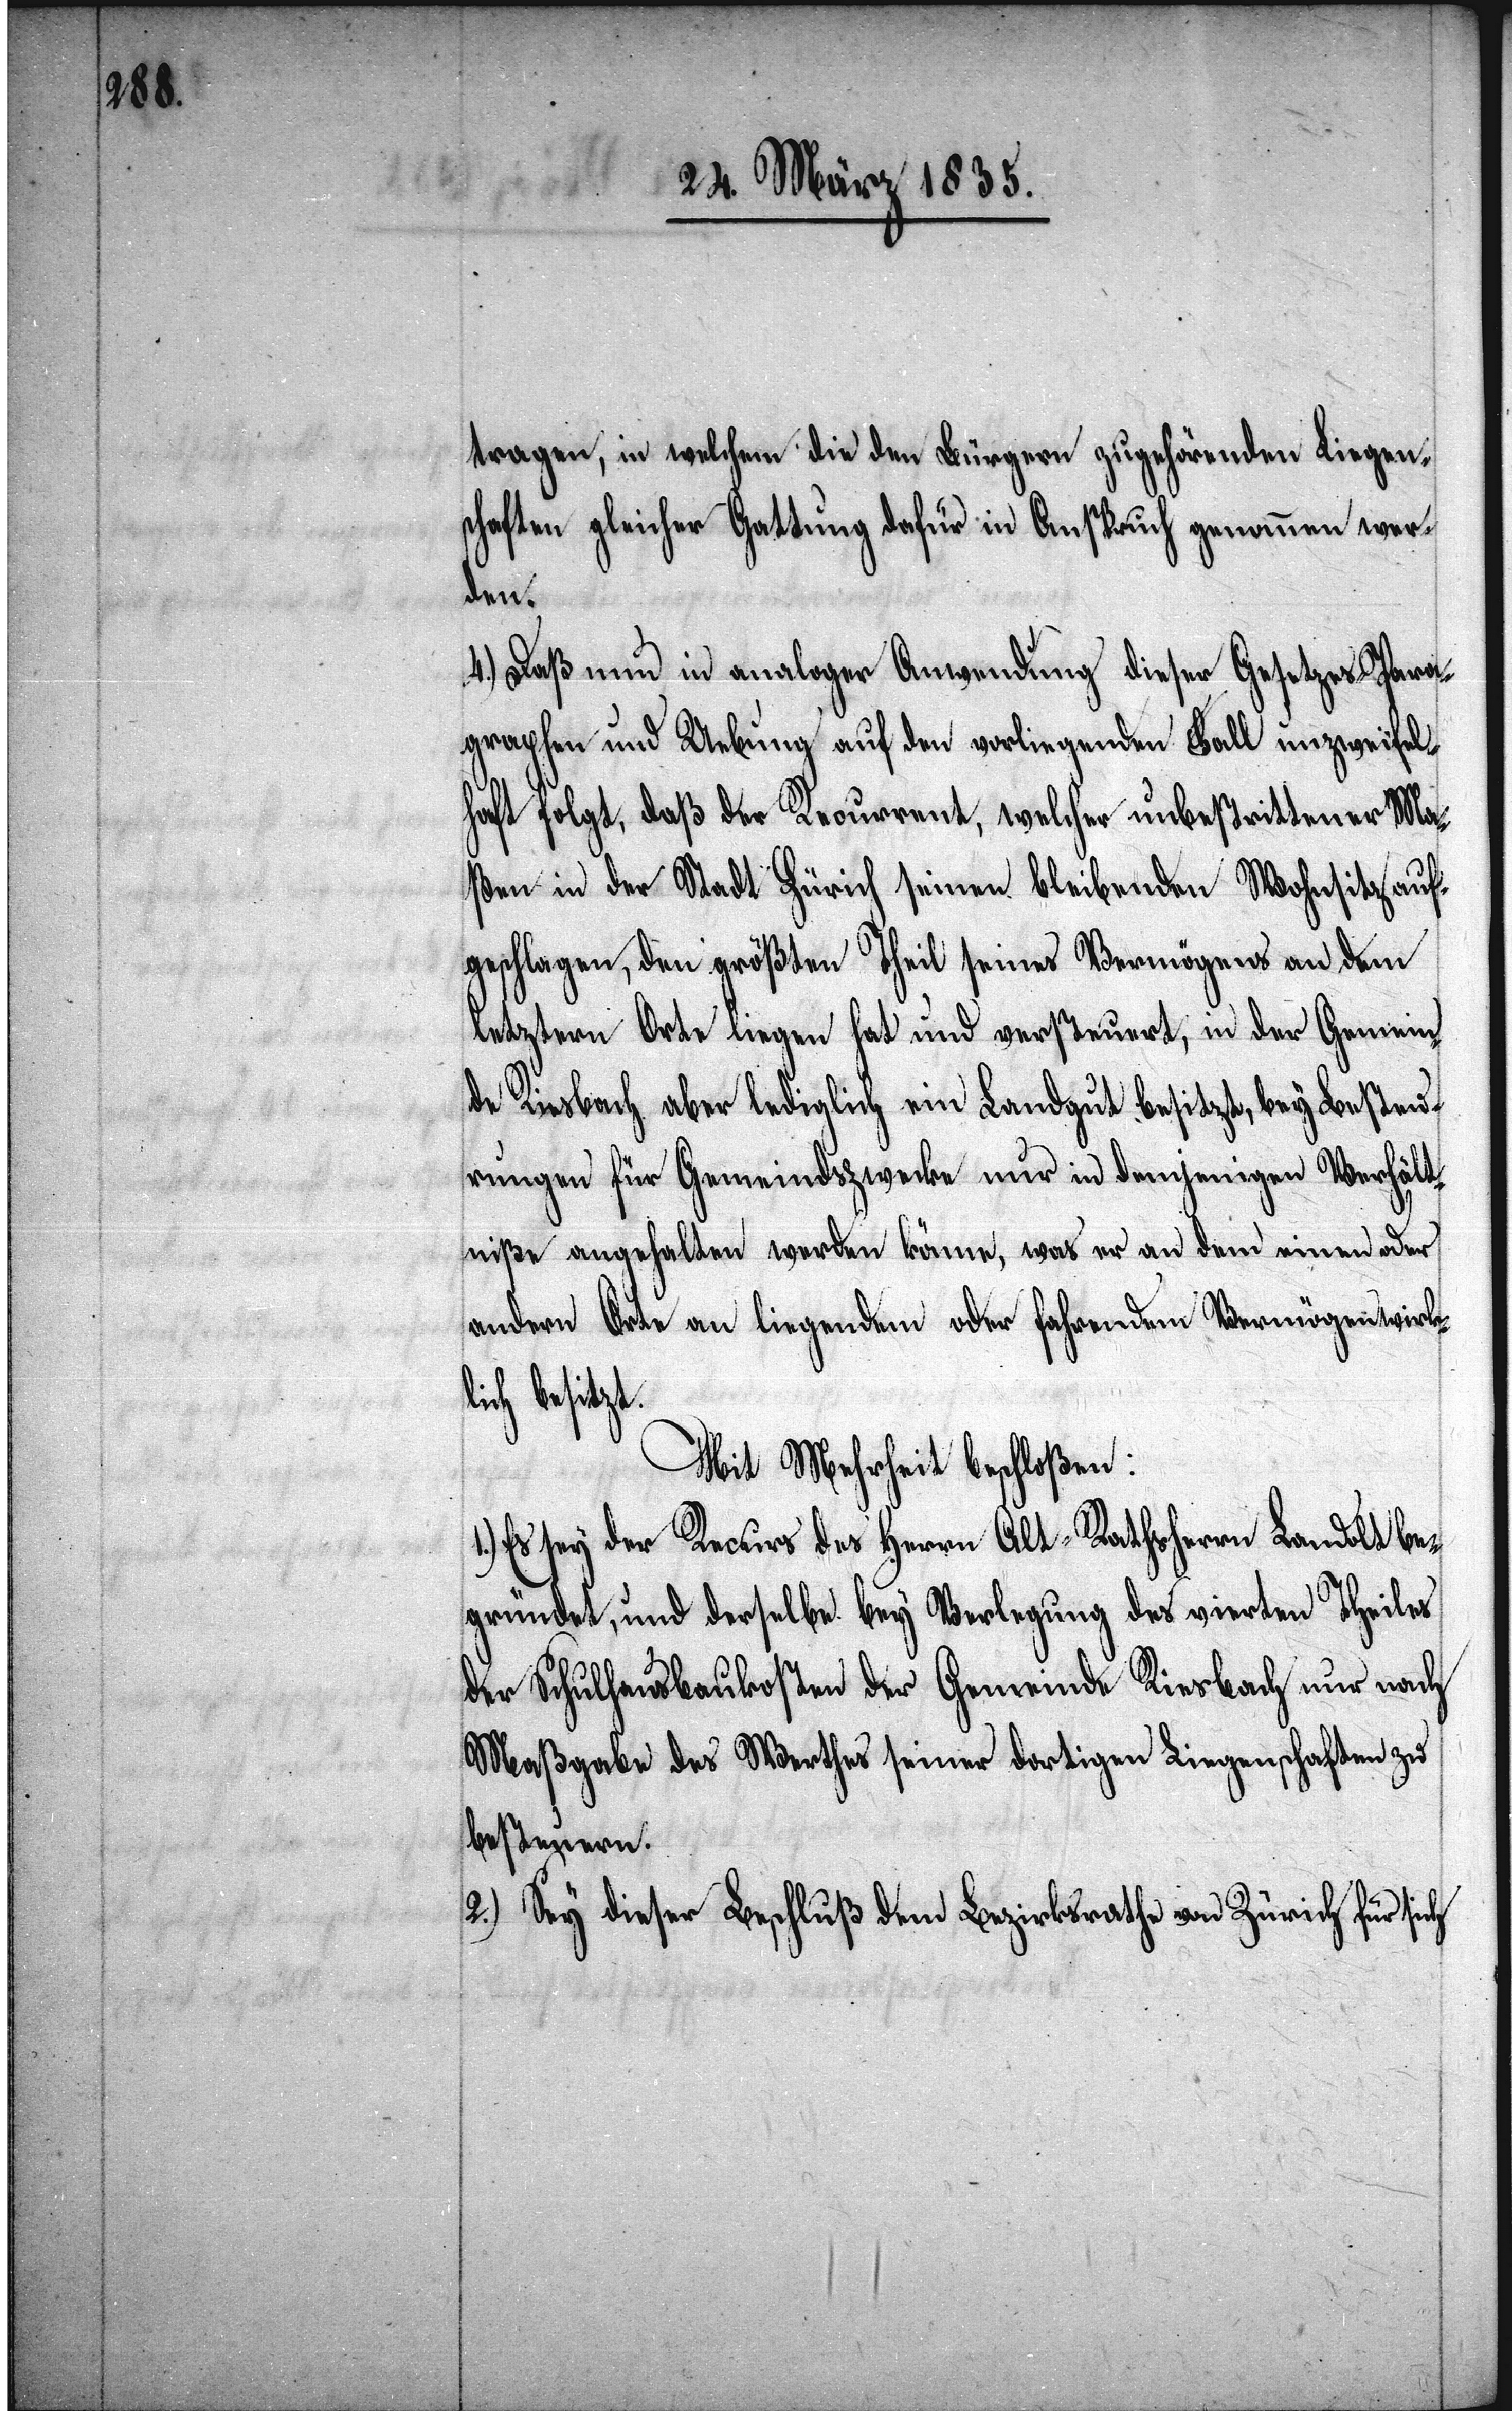
tragen, in welchem die den Bürgern zugehörenden Liegen¬
schaften gleicher Gattung dafür in Anspruch genommen wer¬
den.
4.) Daß nun in analoger Anwendung dieser Gesetzes-Para¬
graphen und Uebung auf den vorliegenden Fall unzweifel¬
haft folgt, daß der Recurrent, welcher unbestrittener Ma¬
ßen in der Stadt Zürich seinen bleibenden Wohnsitz auf¬
geschlagen, den größten Theil seines Vermögens an dem
letztern Orte liegen hat und versteuert, in der Gemein¬
Besteuer¬
de Riesbach aber lediglich ein Landgut besitzt, bey
ungen für Gemeindszwecke nur in demjenigen Verhält¬
niße angehalten werden könne, was er an dem einen oder
andern Orte an liegendem oder fahrendem Vermögen wirk¬
lich besitzt.
Mit Mehrheit beschloßen:
1.) Es sey der Recurs des Herrn Alt-Rathsherrn Landolt be¬
gründet, und derselbe bey Verlegung des vierten Theiles
der Schulhausbaukosten der Gemeinde Riesbach nur nach
Maßgabe des Werthes seiner dortigen Liegenschaften zu
besteuern.
2.) Sey dieser Beschluß dem Bezirksrathe von Zürich für sich